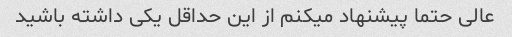
عالی حتما پیشنهاد میکنم از این حداقل یکی داشته باشید